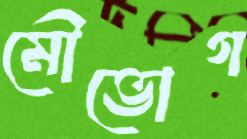
মৌভোগ